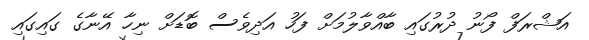
އަޝްރަފް ފޯނު ދުރުގައި ބާއްވާލުމަށް ފަހު އަދިވެސް ބޮޑަށް ނިހާ އޭނާގެ ގައިގައި